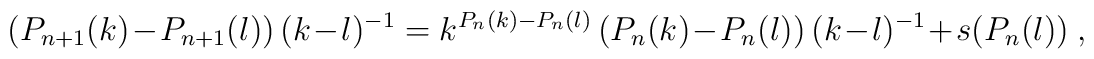
(P_{n+1}(k) - P_{n+1}(l))\, (k-l)^{-1} =k^{P_n(k)-P_n(l)} \, (P_{n}(k)-P_{n}(l)) \, (k-l)^{-1} + s(P_n(l)) \ ,